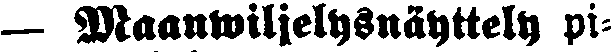
— Maanwiljelysnäyttely pi-